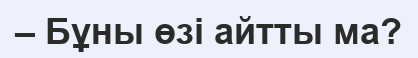
– Бұны өзі айтты ма?